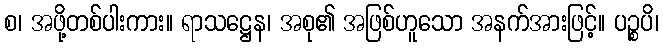
စ၊ အဖို့တစ်ပါးကား။ ရာသဋ္ဌေန၊ အစု၏ အဖြစ်ဟူသော အနက်အားဖြင့်။ ပဉ္စပိ၊